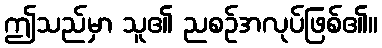
ဤသည်မှာ သူ၏ ညစဉ်အလုပ်ဖြစ်၏။